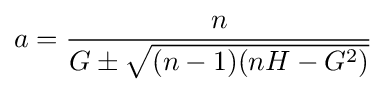
a={\frac {n}{G\pm {\sqrt {(n-1)(nH-G^{2})}}}}